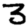
Digit: 3